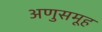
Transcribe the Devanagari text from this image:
अणुसमूह